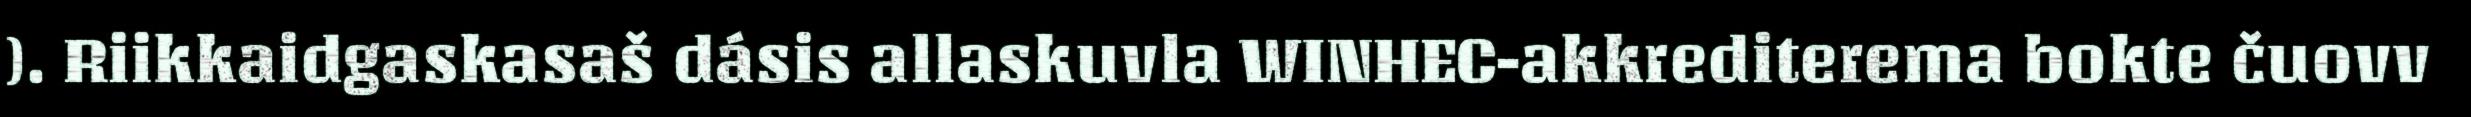
). Riikkaidgaskasaš dásis allaskuvla WINHEC-akkrediterema bokte čuovv